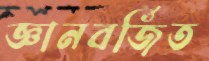
জ্ঞানবর্জিত